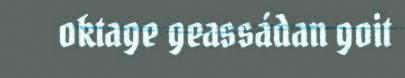
oktage geassádan goit